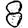
Digit: 8